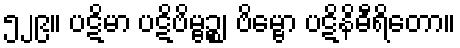
၅၂၉။ ပဋိမာ ပဋိဗိမ္ဗဉ္စ၊ ဗိမ္ဗော ပဋိနိဓီရိတော။